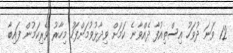
12 ވަނަ ދުވަހު އިސްތިއުފާ ދެއްވާނެ ކަމަށް ވިދާޅުވުމަށްފަހު މިހާރު ވެރިކަމުން ފައިބާ